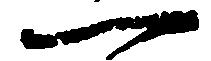
一